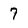
Character: 7